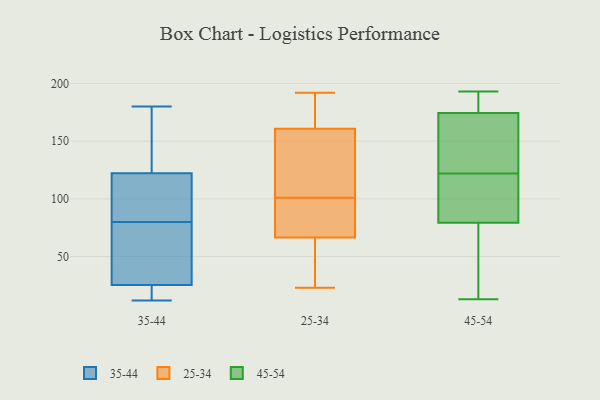
{"axis": {"x": "Demand Index", "y": "Value"}, "legend": ["25-34", "35-44", "45-54"], "data": [{"x": "", "y": 14, "type": "35-44"}, {"x": "", "y": 55, "type": "35-44"}, {"x": "", "y": 12, "type": "35-44"}, {"x": "", "y": 121, "type": "35-44"}, {"x": "", "y": 80, "type": "35-44"}, {"x": "", "y": 121, "type": "35-44"}, {"x": "", "y": 75, "type": "35-44"}, {"x": "", "y": 29, "type": "35-44"}, {"x": "", "y": 12, "type": "35-44"}, {"x": "", "y": 126, "type": "35-44"}, {"x": "", "y": 164, "type": "35-44"}, {"x": "", "y": 180, "type": "35-44"}, {"x": "", "y": 114, "type": "35-44"}, {"x": "", "y": 101, "type": "25-34"}, {"x": "", "y": 65, "type": "25-34"}, {"x": "", "y": 192, "type": "25-34"}, {"x": "", "y": 93, "type": "25-34"}, {"x": "", "y": 177, "type": "25-34"}, {"x": "", "y": 23, "type": "25-34"}, {"x": "", "y": 84, "type": "25-34"}, {"x": "", "y": 55, "type": "25-34"}, {"x": "", "y": 156, "type": "25-34"}, {"x": "", "y": 126, "type": "25-34"}, {"x": "", "y": 67, "type": "25-34"}, {"x": "", "y": 166, "type": "25-34"}, {"x": "", "y": 159, "type": "25-34"}, {"x": "", "y": 59, "type": "45-54"}, {"x": "", "y": 138, "type": "45-54"}, {"x": "", "y": 193, "type": "45-54"}, {"x": "", "y": 188, "type": "45-54"}, {"x": "", "y": 186, "type": "45-54"}, {"x": "", "y": 13, "type": "45-54"}, {"x": "", "y": 122, "type": "45-54"}, {"x": "", "y": 78, "type": "45-54"}, {"x": "", "y": 155, "type": "45-54"}, {"x": "", "y": 46, "type": "45-54"}, {"x": "", "y": 149, "type": "45-54"}, {"x": "", "y": 121, "type": "45-54"}, {"x": "", "y": 181, "type": "45-54"}, {"x": "", "y": 89, "type": "45-54"}, {"x": "", "y": 83, "type": "45-54"}]}